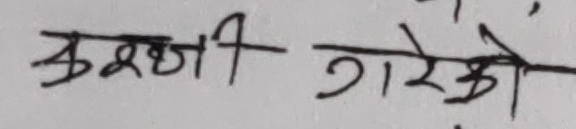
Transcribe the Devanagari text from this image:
करखी गरेको